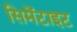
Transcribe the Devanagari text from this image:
सिमेंटाइट